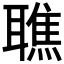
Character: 𦗠